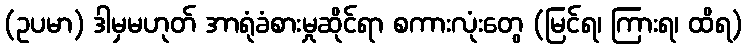
(ဥပမာ) ဒါမှမဟုတ် အာရုံခံစားမှုဆိုင်ရာ စကားလုံးတွေ (မြင်ရ၊ ကြားရ၊ ထိရ)